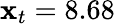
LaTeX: \mathbf{x}_{t}=8.68